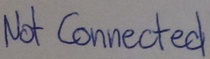
Text: Not Connected